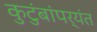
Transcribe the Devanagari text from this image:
कुटुंबांपर्यंत